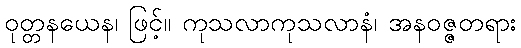
ဝုတ္တနယေန၊ ဖြင့်။ ကုသလာကုသလာနံ၊ အနဝဇ္ဇတရား